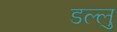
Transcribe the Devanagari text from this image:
डल्लु